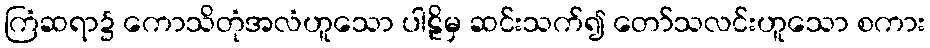
ကြံဆရာ၌ ကောသိတုံအလံဟူသော ပါဠိမှ ဆင်းသက်၍ တော်သလင်းဟူသော စကား